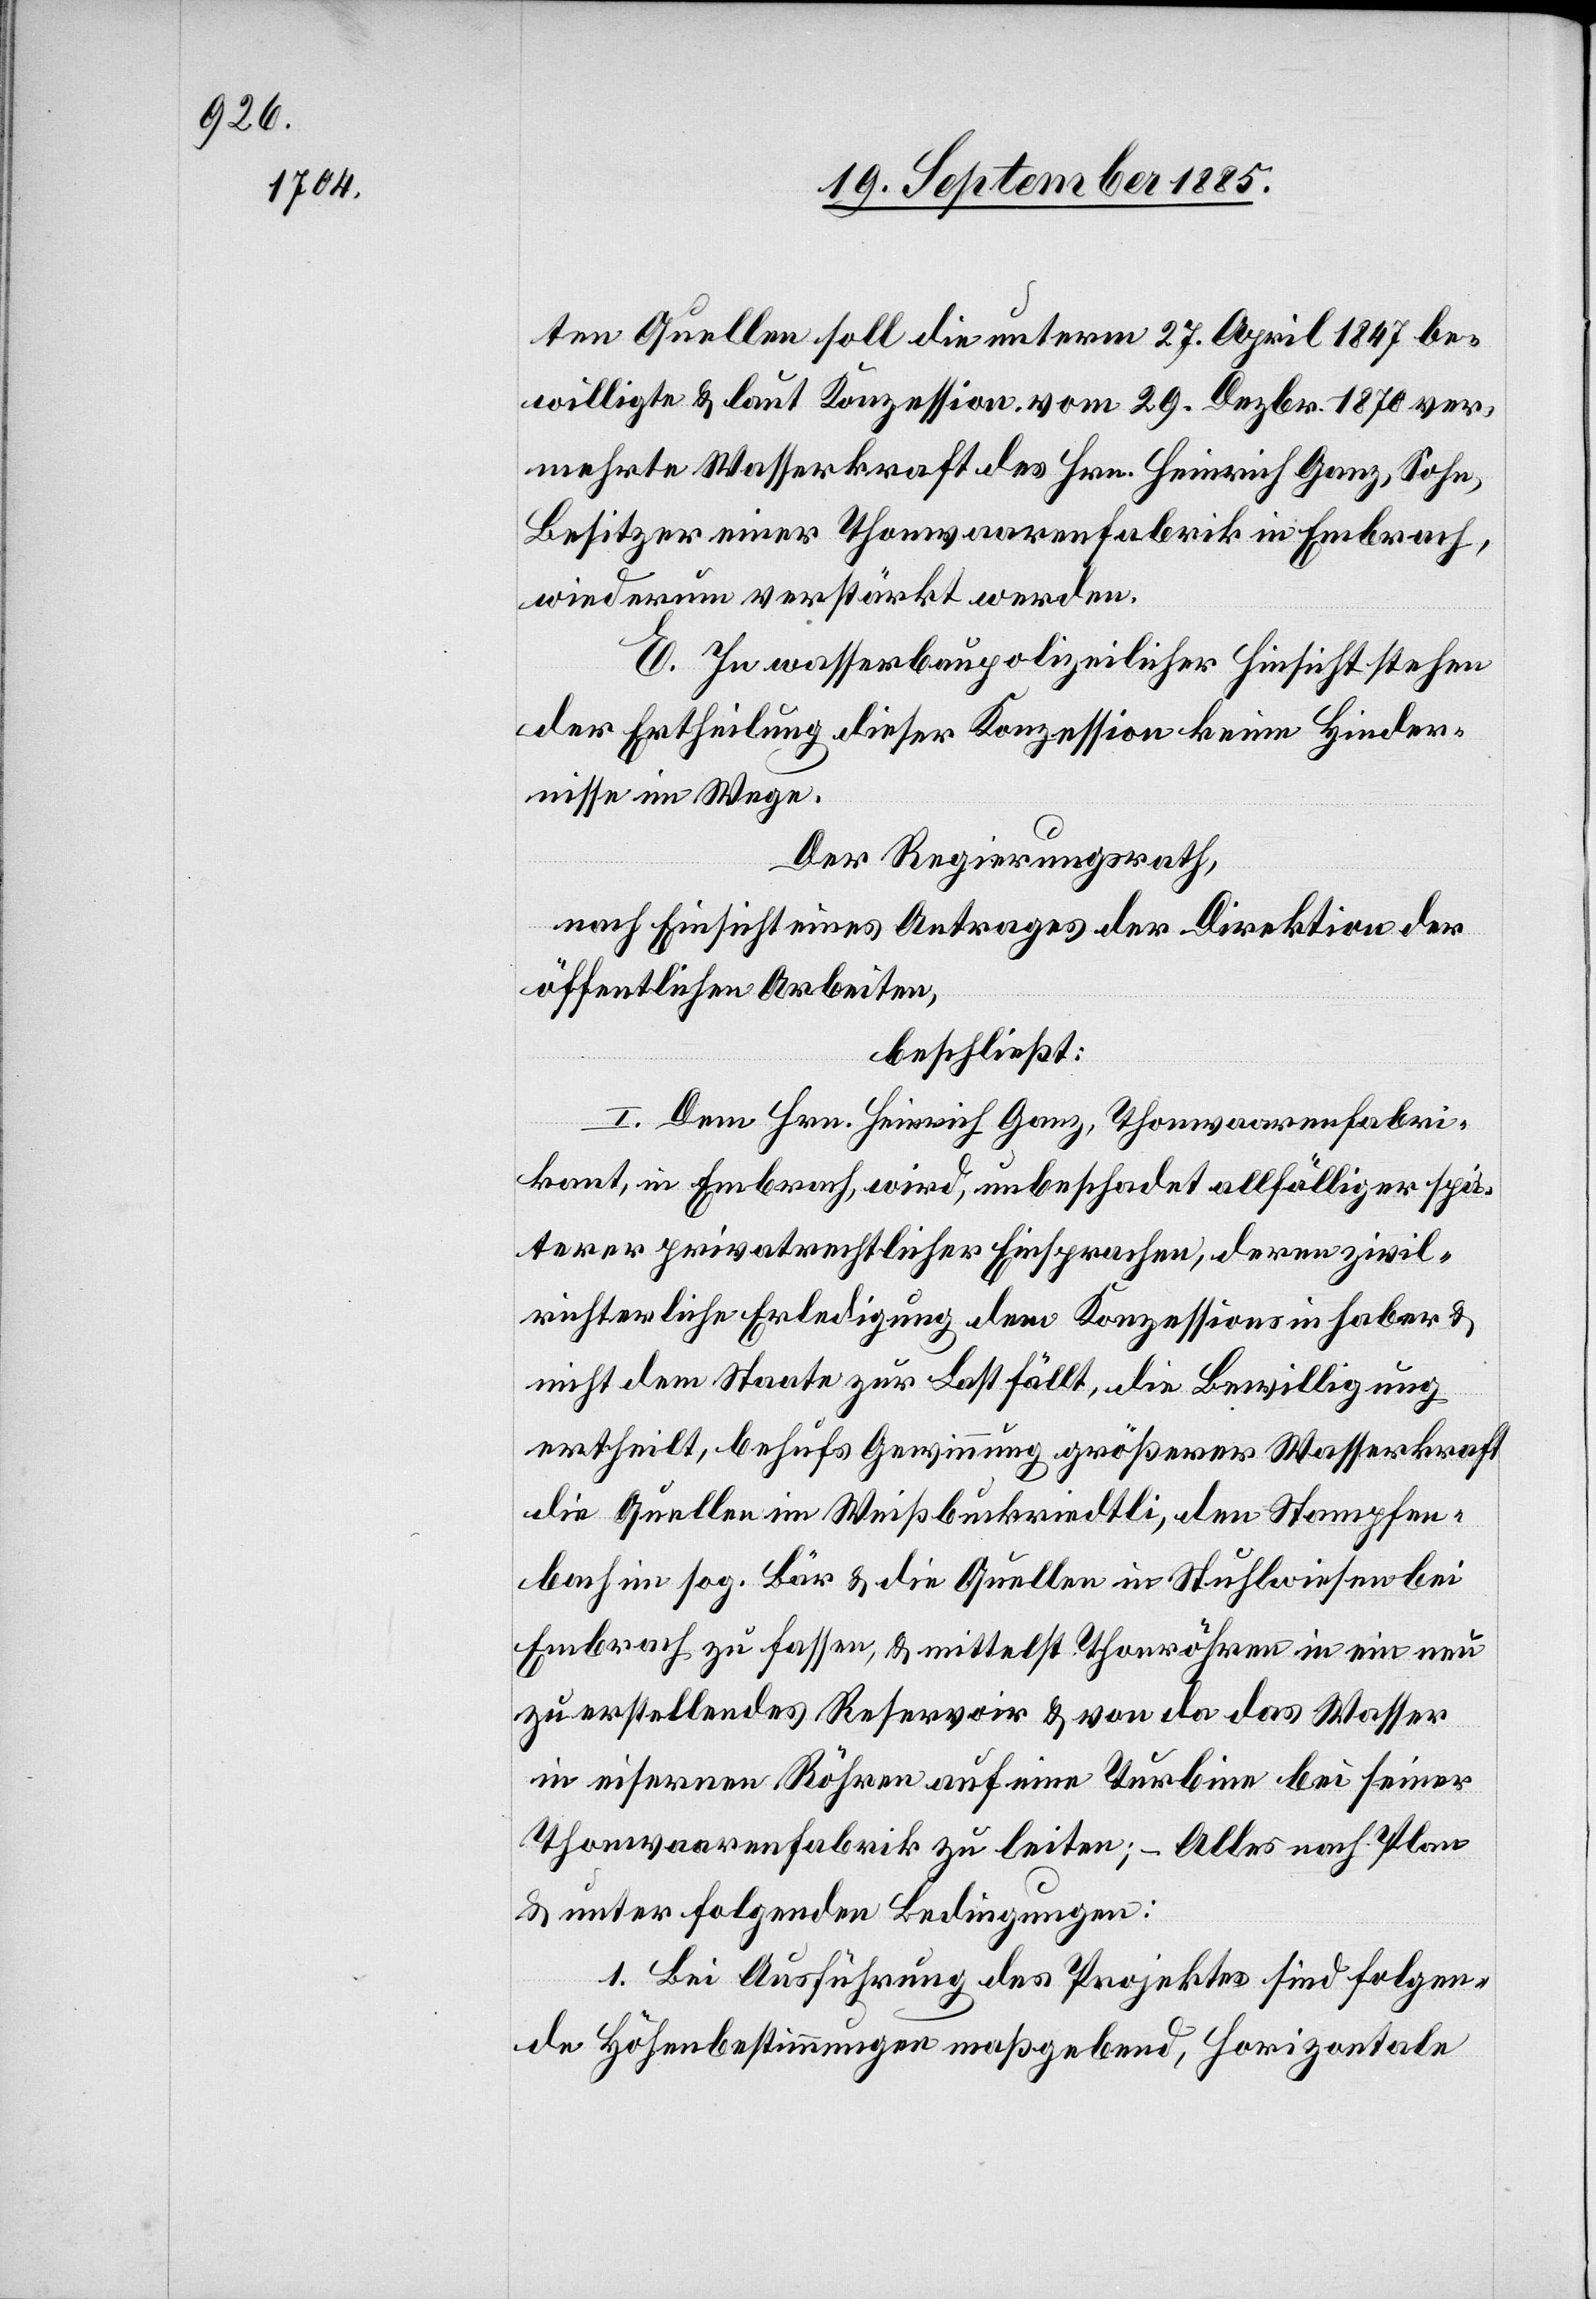
ten Quellen soll die unterm 27. April 1847 be¬
willigte & laut Konzession vom 29. Dezbr. 1870 ver¬
mehrte Wasserkraft des Hrn. Heinrich Ganz, Sohn,
Besitzer einer Thonwaarenfabrik in Embrach,
wiederum verstärkt werden.
E. In wasserbaupolizeilicher Hinsicht stehen
der Ertheilung dieser Konzession keine Hinder¬
nisse im Wege.
Der Regierungsrath,
nach Einsicht eines Antrages der Direktion der
öffentlichen Arbeiten,
beschließt:
I. Dem Hrn. Heinrich Ganz, Thonwaarenfabri¬
kant, in Embrach wird, unbeschadet allfälliger spä¬
terer privatrechtlicher Einsprachen, deren zivil¬
richterliche Erledigung dem Konzessionsinhaber &
nicht dem Staate zur Last fällt, die Bewilligung
ertheilt, behufs Gewinnung größerer Wasserkraft
die Quellen im Weißbuckriedtli, den Stampfen¬
bach im sog. Bär & die Quellen in Stuhlwiesen bei
Embrach zu fassen, & mittelst Thonröhren in ein neu
zu erstellendes Reservoir & von da das Wasser
in eisernen Röhren auf eine Turbine bei seiner
Thonwaarenfabrik zu leiten; – Alles nach Plan
& unter folgenden Bedingungen:
1. Bei Ausführung des Projektes sind folgen¬
de Höhenbestimmungen maßgebend, Horizontale